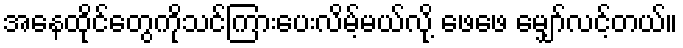
အနေထိုင်တွေကိုသင်ကြားပေးလိမ့်မယ်လို့ ဖေဖေ မျှော်လင့်တယ်။